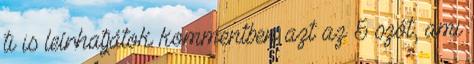
ti is leírhatjátok kommentben azt az 5 szót, ami